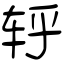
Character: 轷